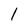
Character: l